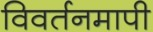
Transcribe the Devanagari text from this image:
विवर्तनमापी